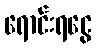
ရောင်းရငွေ